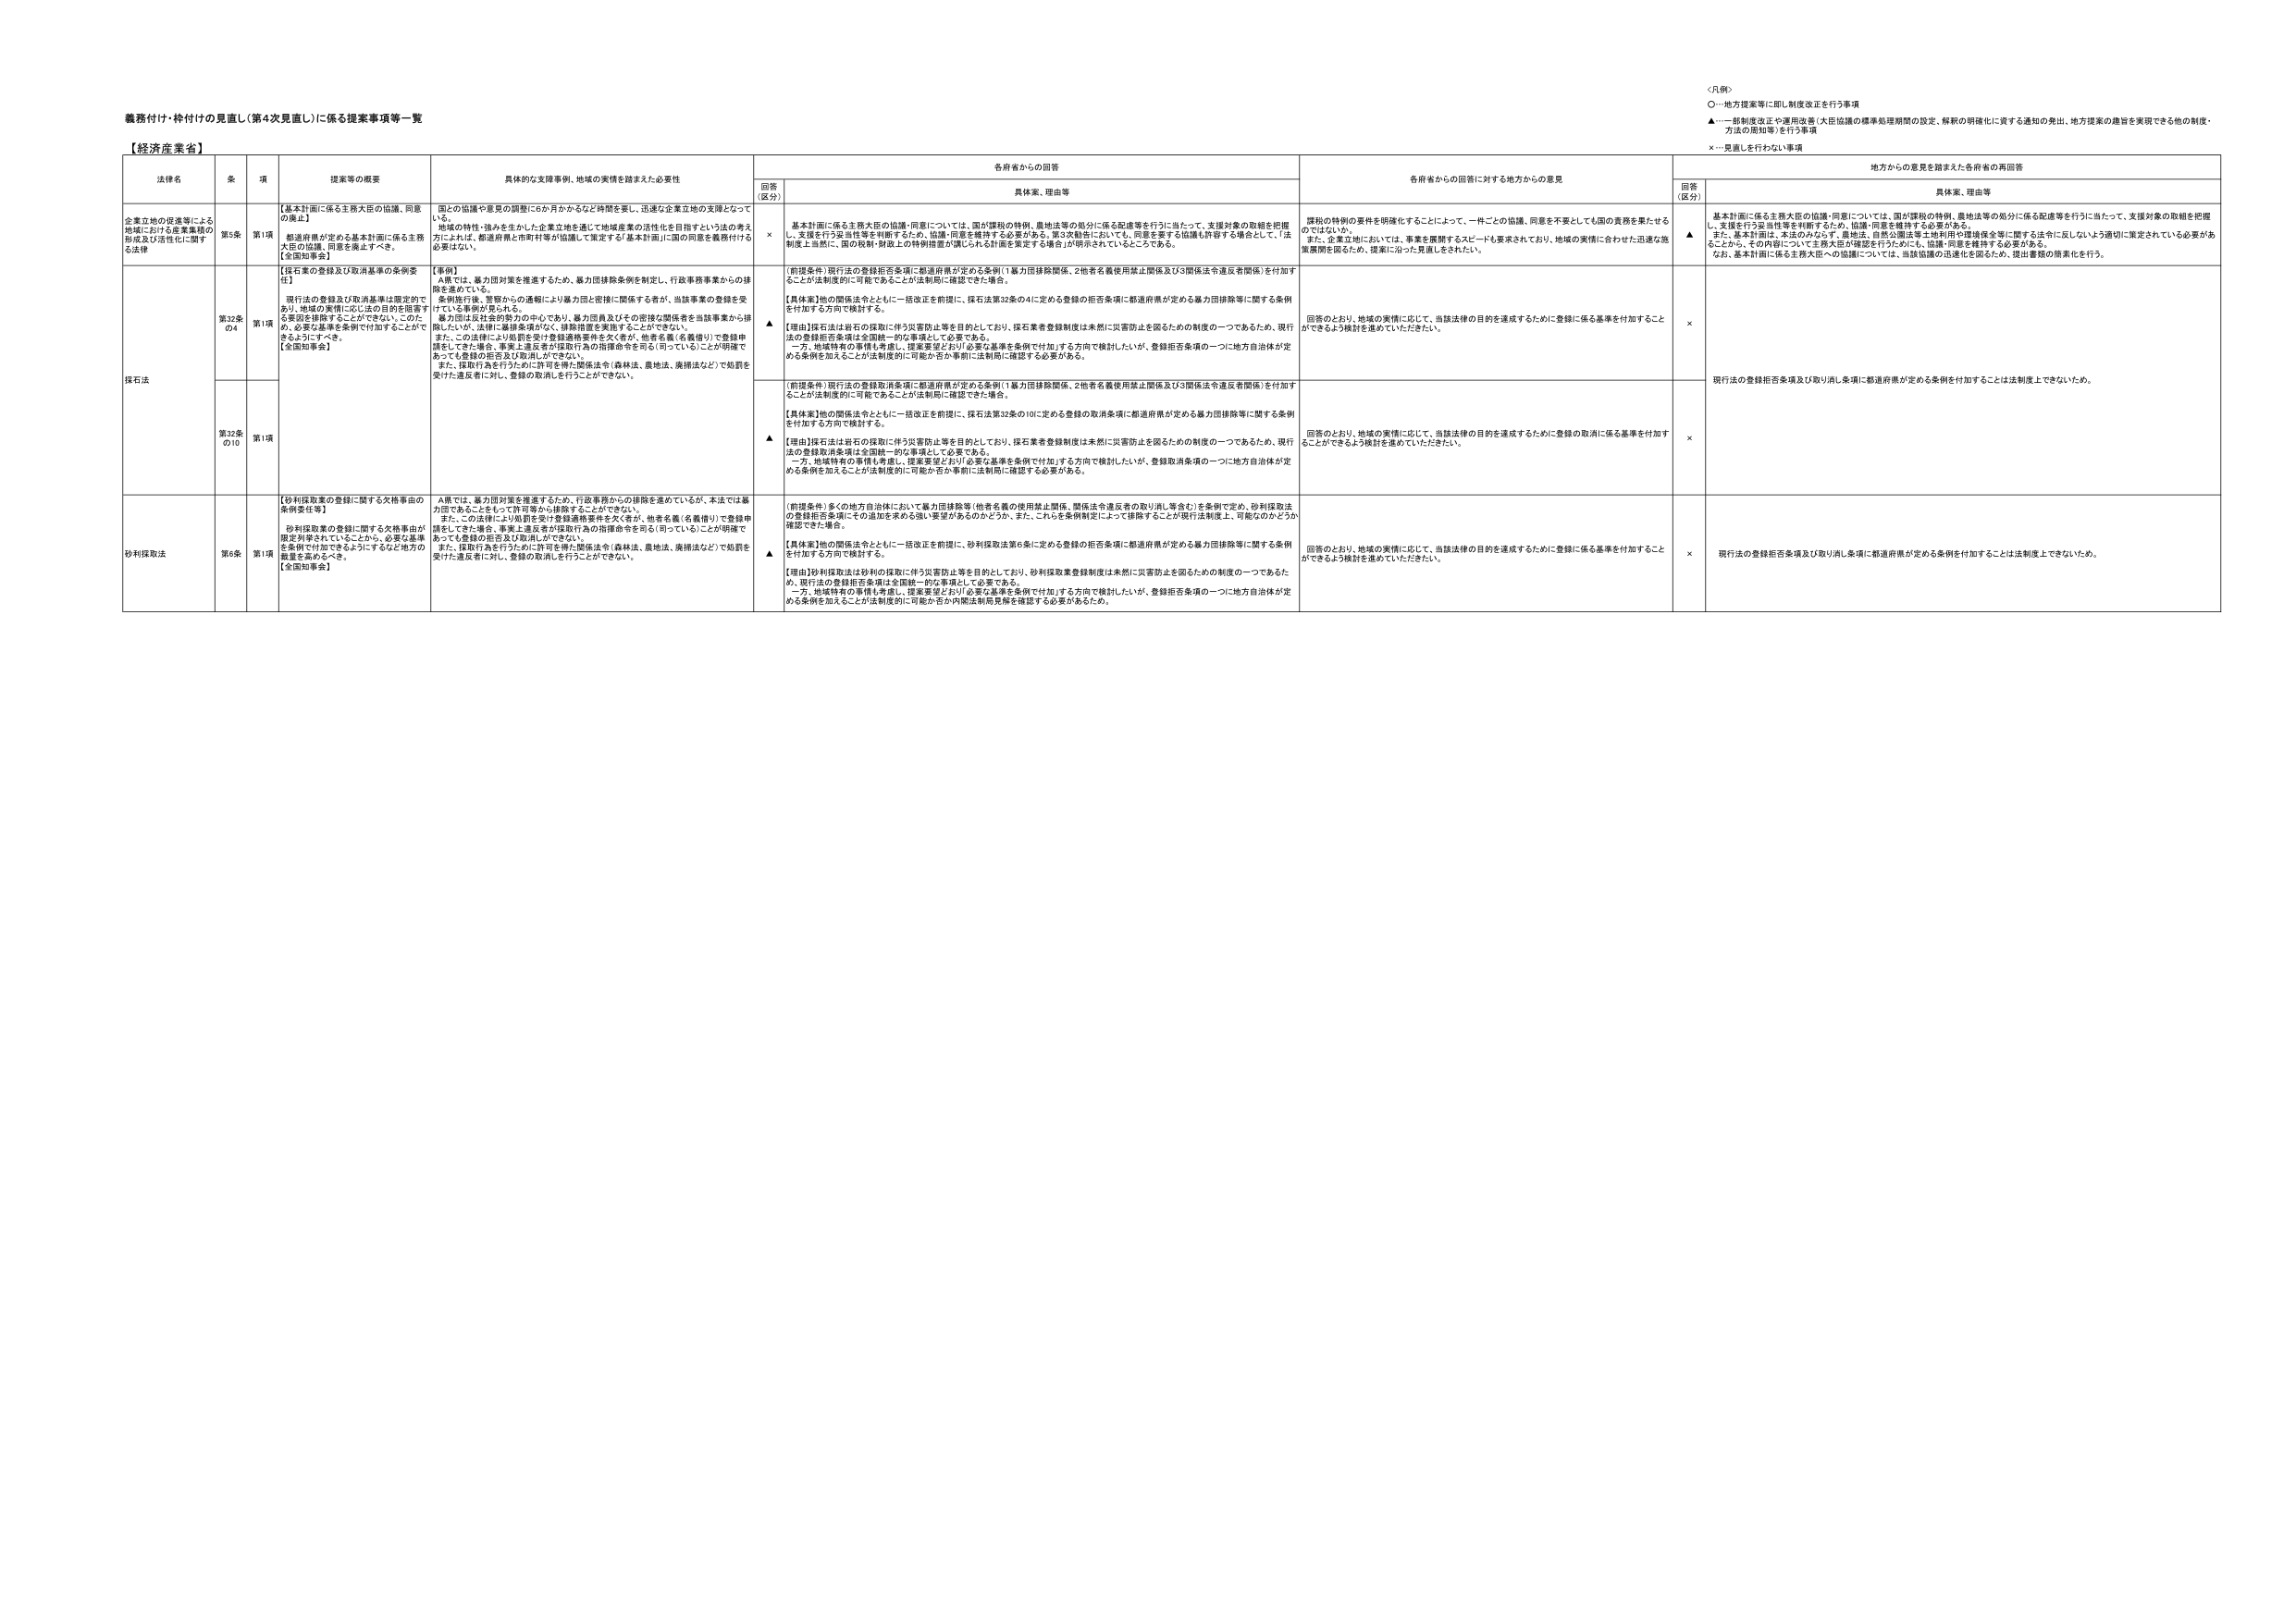
義務付け・枠付けの見直し（第4次見直し）に係る提案事項等一覧

【経済産業省】

＜凡例＞
○…地方提案等に即し制度改正を行う事項
▲…一部制度改正や運用改善（大臣協議の標準処理期間の設定、解釈の明確化に資する通知の発出、地方提案の趣旨を実現できる他の制度・方法の周知等）を行う事項
×…見直しを行わない事項

法律名 | 条 | 項 | 提案等の概要 | 具体的な支援事例、地域の実情を踏まえた必要性 | 各府省からの回答 | 各府省からの回答に対する地方からの意見 | 地方からの意見を踏まえた各府省の再回答
--- | --- | --- | --- | --- | --- | --- | ---
 | | | | | 回答（区分） | 具体案、理由等 | 回答（区分） | 具体案、理由等

企業立地の促進等による地域における産業集積の形成及び活性化に関する法律 | 第5条 | 第1項 | 【基本計画に係る主務大臣の協議、同意の廃止】<br>都道府県が定める基本計画に係る主務大臣の協議、同意を廃止すべき。<br>【全国知事会】 | 国との協議や意見の調整に6か月かかるなど時間を要し、迅速な企業立地の支援となっていない。<br>地域の特性・強みを生かした企業立地を通じて地域産業の活性化を目指すという法の考え方によれば、都道府県と市町村等が協議して策定する「基本計画」に国の同意を義務付ける必要はない。 | × | 基本計画に係る主務大臣の協議・同意については、国の課税の特例、農地法等の処分に係る配慮等を行うに当たって、支援対象の取組を把握し、支援を行う妥当性等を判断するため、協議・同意を維持する必要がある。第4次見直しにおいて、同意を要する協議も許容する場合として、「法制上当然に、国の税制・財政上の特例措置が講じられる計画を策定する場合」が明言されているところである。 | 課税の特例の要件を明確化することによって、一件ごとの協議、同意を不要としても国の責務を果たせるのではないか。<br>また、企業立地においては、事業を展開するスピードも要求されており、地域の実情に合わせた迅速な施策展開を図るため、提案に沿った見直しをされたい。 | ▲ | 基本計画に係る主務大臣の協議・同意については、国の課税の特例、農地法等の処分に係る配慮等を行うに当たって、支援対象の取組を把握し、支援を行う妥当性等を判断するため、協議・同意を維持する必要がある。<br>また、基本計画は、本法のみならず、農地法、自然公園法等土地利用や環境保全等に関する法令に反しないよう適切に策定されている必要があることから、その内容について主務大臣が確認を行うために、協議・同意を維持する必要がある。<br>なお、基本計画に係る主務大臣への協議については、当該協議の迅速化を図るため、提出書類の簡素化を行う。

採石法 | 第32条の4 | 第1項 | 【採石業の登録及び取消基準の条例要請】<br>現行法の登録及び取消基準は限定的であり、地域の実情に応じた目的を阻害する要因を排除することができない。このため、必要な基準を条例で付加することができるようすべき。<br>【全国知事会】 | 【事例】<br>A県では、暴力団対策を推進するため、暴力団排除条例を制定し、行政事務事業からの排除を進めている。<br>条例施行後、警察からの通報により暴力団と密接に関係する者が、当該事業の登録を受けている事例が見られる。<br>暴力団は反社会的勢力の中心であり、暴力団員及びその密接な関係者を当該事業から排除したいが、法律に適排条項がなく、排除措置を実施することができない。<br>また、この法律により処罰を受け登録適格要件を欠く者が、他者名義（名義借り）で登録申請をしてきた場合、事実上違反者が採取行為の指揮命令を司る（司っている）ことが明確であっても登録の拒否及び取消しができない。<br>また、採取行為を行うために許可を得た関係法令（森林法、農地法、農振法など）で処罰を受けた違反者に対し、登録の取消しを行うことができない。 | ▲ | （前提条件）現行法の登録拒否条項に都道府県が定める条例（1暴力団排除関係、2他者名義使用禁止関係及び3関係法令違反者関係）を付加することとが法制度的に可能であることが法制局に確認できた場合。<br>【具体案】他の関係法令とともに一括改正を前提に、採石法第32条の4に定める登録の拒否条項に都道府県が定める暴力団排除等に関する条例を付加する方向で検討する。<br>【理由】採石法は岩石の採取に伴う災害防止等を目的としており、採石業者登録制度は未然に災害防止を図るための制度の一つであるため、現行法の登録拒否条項は全国統一的な事項として必要である。<br>一方、地域特有の事情も考慮し、提案要望どおり必要な基準を条例で付加する方向で検討したいが、登録拒否条項の一つに地方自治体が定める条例を加えることが法制度的に可能か否か事前に法制局に確認する必要がある。 | 回答のとおり、地域の実情に応じて、当該法律の目的を達成するために登録に係る基準を付加することができるよう検討を進めていただきたい。 | × | 現行法の登録拒否条項及び取り消し条項に都道府県が定める条例を付加することは法制度上できていないため。

 | 第32条の10 | 第1項 | | | ▲ | （前提条件）現行法の登録取消条項に都道府県が定める条例（1暴力団排除関係、2他者名義使用禁止関係及び3関係法令違反者関係）を付加することとが法制度的に可能であることが法制局に確認できた場合。<br>【具体案】他の関係法令とともに一括改正を前提に、採石法第32条の10に定める登録の取消条項に都道府県が定める暴力団排除等に関する条例を付加する方向で検討する。<br>【理由】採石法は岩石の採取に伴う災害防止等を目的としており、採石業者登録制度は未然に災害防止を図るための制度の一つであるため、現行法の登録取消条項は全国統一的な事項として必要である。<br>一方、地域特有の事情も考慮し、提案要望どおり必要な基準を条例で付加する方向で検討したいが、登録取消条項の一つに地方自治体が定める条例を加えることが法制度的に可能か否か事前に法制局に確認する必要がある。 | 回答のとおり、地域の実情に応じて、当該法律の目的を達成するために登録の取消に係る基準を付加することができるよう検討を進めていただきたい。 | × | 現行法の登録拒否条項及び取り消し条項に都道府県が定める条例を付加することは法制度上できていないため。

砂利採取法 | 第6条 | 第1項 | 【砂利採取業の登録に関する欠格事由の条例要付等】<br>砂利採取業の登録に関する欠格事由が限定列挙されていることから、必要な基準を条例で付加できるようにするなど地方の裁量を認めるべき。<br>【全国知事会】 | A県では、暴力団対策を推進するため、行政事務からの排除を進めているが、本法では暴力団であることをもって許可等から排除することができない。<br>また、この法律により処罰を受け登録適格要件を欠く者が、他者名義（名義借り）で登録申請をしてきた場合、事実上違反者が採取行為の指揮命令を司る（司っている）ことが明確であっても登録の拒否及び取消しができない。<br>また、採取行為を行うために許可を得た関係法令（森林法、農地法、農振法など）で処罰を受けた違反者に対し、登録の取消しを行うことができない。 | ▲ | （前提条件）多くの地方自治体において暴力団排除等（他者名義の使用禁止関係、関係法令違反者の取り消し等含む）を条例で定め、砂利採取法の登録拒否条項にその追加を求める強い要望があるのかどうか、また、これらを条例制定によって排除することが現行法制度上、可能なのかどうか確認できた場合。<br>【具体案】他の関係法令とともに一括改正を前提に、砂利採取法第6条に定める登録の拒否条項に都道府県が定める暴力団排除等に関する条例を付加する方向で検討する。<br>【理由】砂利採取法は砂利の採取に伴う災害防止等を目的としており、砂利採取業登録制度は未然に災害防止を図るための制度の一つであるため、現行法の登録拒否条項は全国統一的な事項として必要である。<br>一方、地域特有の事情も考慮し、提案要望どおり必要な基準を条例で付加する方向で検討したいが、登録拒否条項の一つに地方自治体が定める条例を加えることが法制度的に可能か否か内閣法制局意見を聴取する必要があるため。 | 回答のとおり、地域の実情に応じて、当該法律の目的を達成するために登録に係る基準を付加することができるよう検討を進めていただきたい。 | × | 現行法の登録拒否条項及び取り消し条項に都道府県が定める条例を付加することは法制度上できていないため。